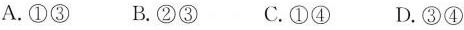
A.①③ B.②③ C.①④ D.③④